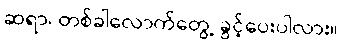
ဆရာ၊ တစ်ခါလောက်တွေ့ ခွင့်ပေးပါလား။